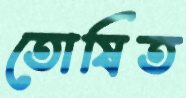
তোষিত